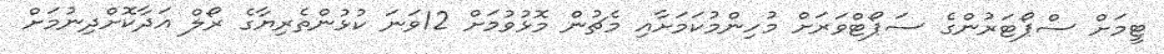
ޓީމަށް ސްޕޯޓަރުންގެ ސަޕޯޓްވަރަށް މުހިންމުކަމަށާއި މެޗުން މޮޅުވުމަށް 12ވަނަ ކުޅުންތެރިޔާގެ ރޯލް އަދާކޮށްދިނުމަށް